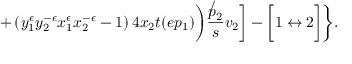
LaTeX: + \left( y _ { 1 } ^ { \epsilon } y _ { 2 } ^ { - \epsilon } x _ { 1 } ^ { \epsilon } x _ { 2 } ^ { - \epsilon } - 1 \right) 4 x _ { 2 } t ( e p _ { 1 } ) \biggr ) \frac { \not p _ { 2 } } { s } v _ { 2 } \biggr ] - \biggl [ 1 \leftrightarrow 2 \biggr ] \biggr \} .